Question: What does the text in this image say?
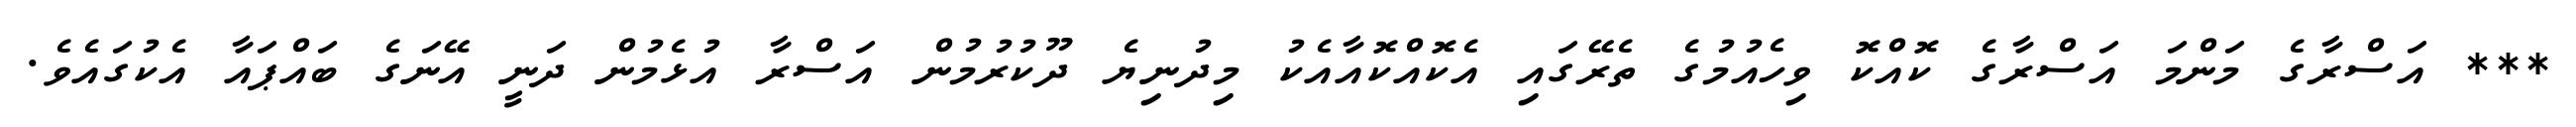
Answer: *** އަސްރާގެ މަންމަ އަސްރާގެ ކޮއްކޮ ވިހެއުމުގެ ތެރޭގައި އެކޮއްކޮއާއެކު މިދުނިޔެ ދޫކުރުމުން އަސްރާ އުޅެމުން ދަނީ އޭނަގެ ބައްޕައާ އެކުގައެވެ.